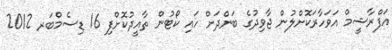
އަފްރާޝީމް އަވަހާރަކޮށްލުން ޖާވިދުގެ ބަންދަށް ހައި ކޯޓުން ތާއީދުކޮށްފި 16 ޑިސެމްބަރ 2012